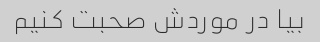
بیا در موردش صحبت کنیم